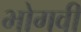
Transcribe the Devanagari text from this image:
भोगवी